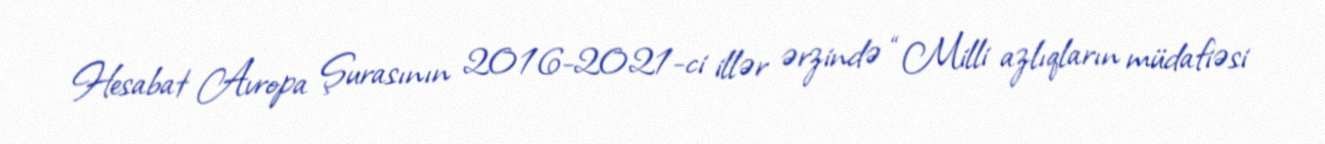
Hesabat Avropa Şurasının 2016-2021-ci illər ərzində “Milli azlıqların müdafiəsi